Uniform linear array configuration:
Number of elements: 32
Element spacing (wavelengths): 0.25
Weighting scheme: cosine
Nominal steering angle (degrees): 60
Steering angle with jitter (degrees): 60.7
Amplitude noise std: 0.05
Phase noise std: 0.05

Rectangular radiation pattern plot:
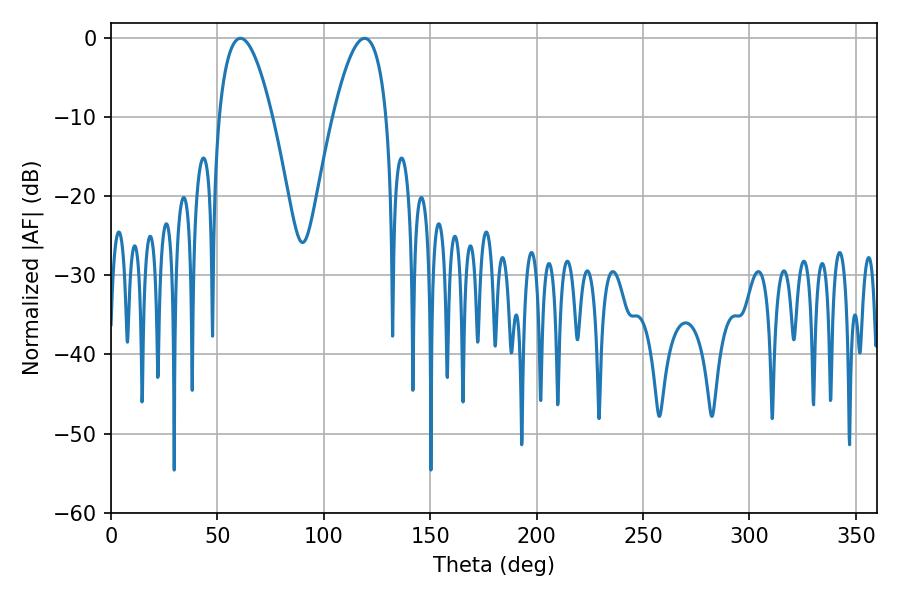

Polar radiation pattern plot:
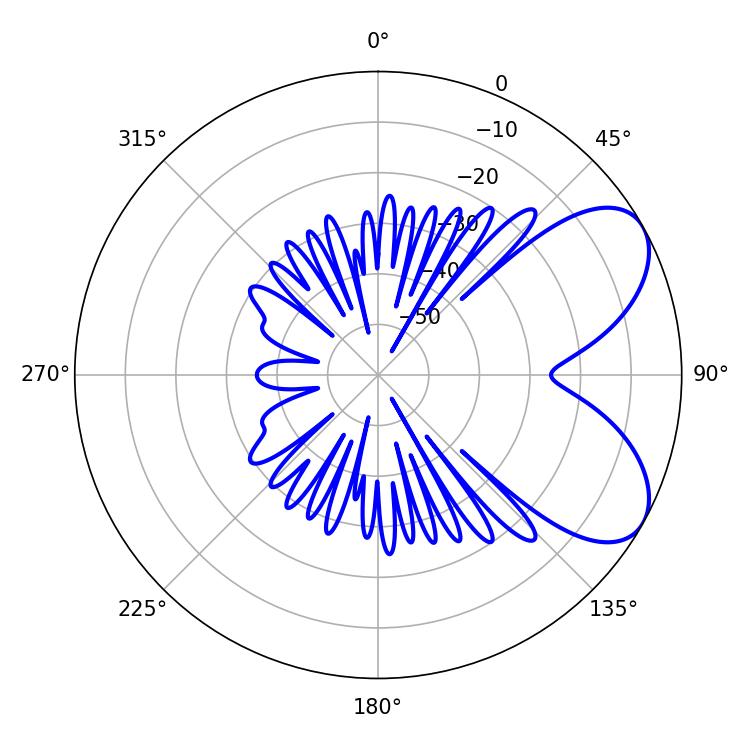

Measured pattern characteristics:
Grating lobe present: FALSE
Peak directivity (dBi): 6.386
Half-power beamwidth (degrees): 13.86
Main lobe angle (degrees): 60.84